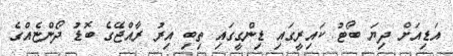
އަޑިއަށް ދިޔަ ބޯޓު ކައިރީގައި ޑިންގީގައި ތިބި އިރު ރާއްޖޭގެ ބޮޑު ދޯންޏެއްގެ